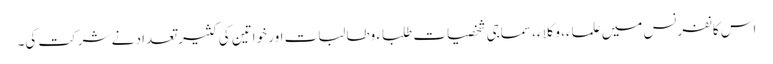
اس کانفرنس میں علماء، وکلاء، سماجی شخصیات طلباء وطالبات اور خواتین کی کثیر تعداد نے شرکت کی۔